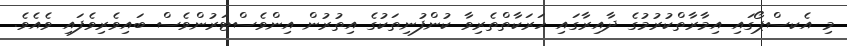
މި އެކސްޕޯގައި އިމާރާތްކުރުމުގެ ދާއިރާގައި ހަރަކާތްތެރިވާ ކުންފުނިތަކުގެ އިތުރުން އިންވެސްޓަރުންވެސް ބައިވެރިވެފައި ވެއެވެ.